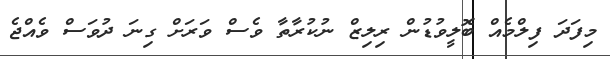
މިފަދަ ފިލްމެއް ބޮލީވުޑުން ރިލިޒް ނުކުރާތާ ވެސް ވަރަށް ގިނަ ދުވަސް ވެއްޖެ